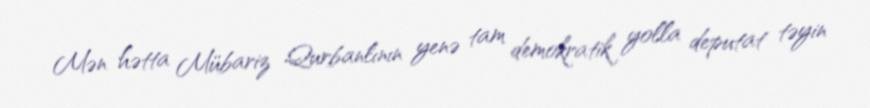
Mən hətta Mübariz Qurbanlının yenə tam demokratik yolla deputat təyin